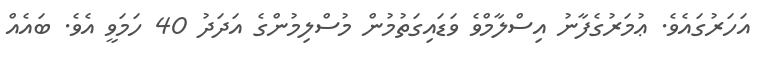
އަހަރުގައެވެ. ޢުމަރުގެފާނު އިސްލާމްވެ ވަޑައިގަތުމުން މުސްލިމުންގެ އަދަދު 40 ހަމަވީ އެވެ. ބައެއް